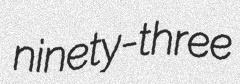
ninety-three